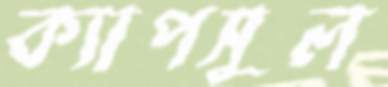
ক্যাপসুল